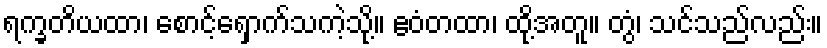
ရက္ခတိယထာ၊ စောင့်ရှောက်သကဲ့သို့။ ဧဝံတထာ၊ ထို့အတူ။ တွံ၊ သင်သည်လည်း။